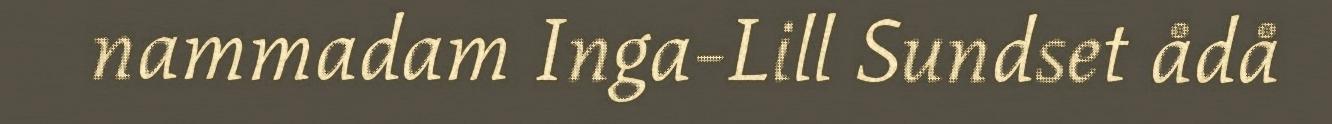
nammadam Inga-Lill Sundset ådå